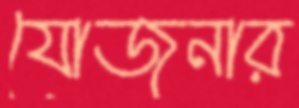
যোজনার